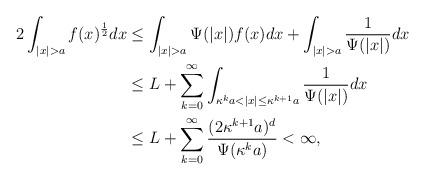
LaTeX: \begin{align*}2\int_{|x|> a} f(x)^{\frac{1}{2}}dx &\le \int_{|x|>a} \Psi(|x|)f(x)dx + \int_{|x|>a} \frac{1}{\Psi(|x|)}dx \\&\le L + \sum_{k=0}^\infty \int_{\kappa^{k}a < |x| \le \kappa^{k+1} a} \frac{1}{\Psi(|x|)}dx \\&\le L + \sum_{k=0}^\infty \frac{(2\kappa^{k+1} a)^d}{\Psi(\kappa^{k} a)} < \infty, \end{align*}